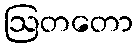
ဩတတော